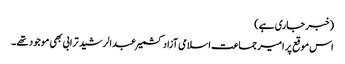
(خبر جاری ہے)
اس موقع پر امیر جماعت اسلامی آزاد کشمیر عبدالرشید ترابی بھی موجود تھے ۔